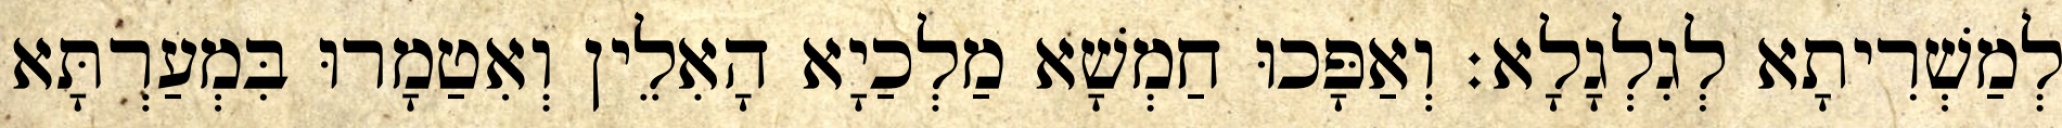
לְמַשְׁרִיתָא לְגִלְגָלָא׃ וְאַפָּכוּ חַמְשָׁא מַלְכַיָא הָאִלֵין וְאִטַמָרוּ בִּמְעַרְתָּא